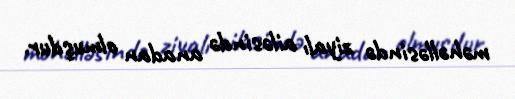
məhəlləsində ziyalı ailəsində anadan olmuşdur.